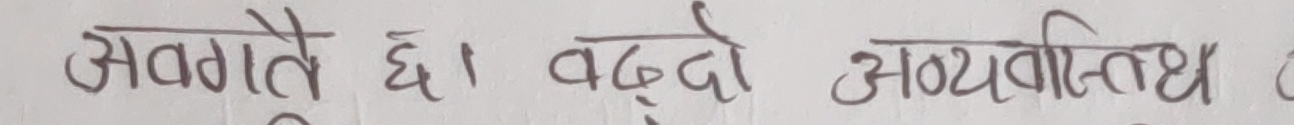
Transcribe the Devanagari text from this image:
अवगते छ। बढ्दो अव्यवस्थित